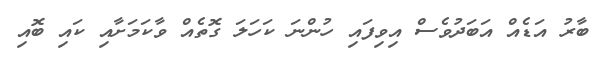
ބާރު އަޑެއް އަބަދުވެސް އިވިފައި ހުންނަ ކަހަލަ ގޮތެއް ވާކަމަށާއި ކައި ބޮއި